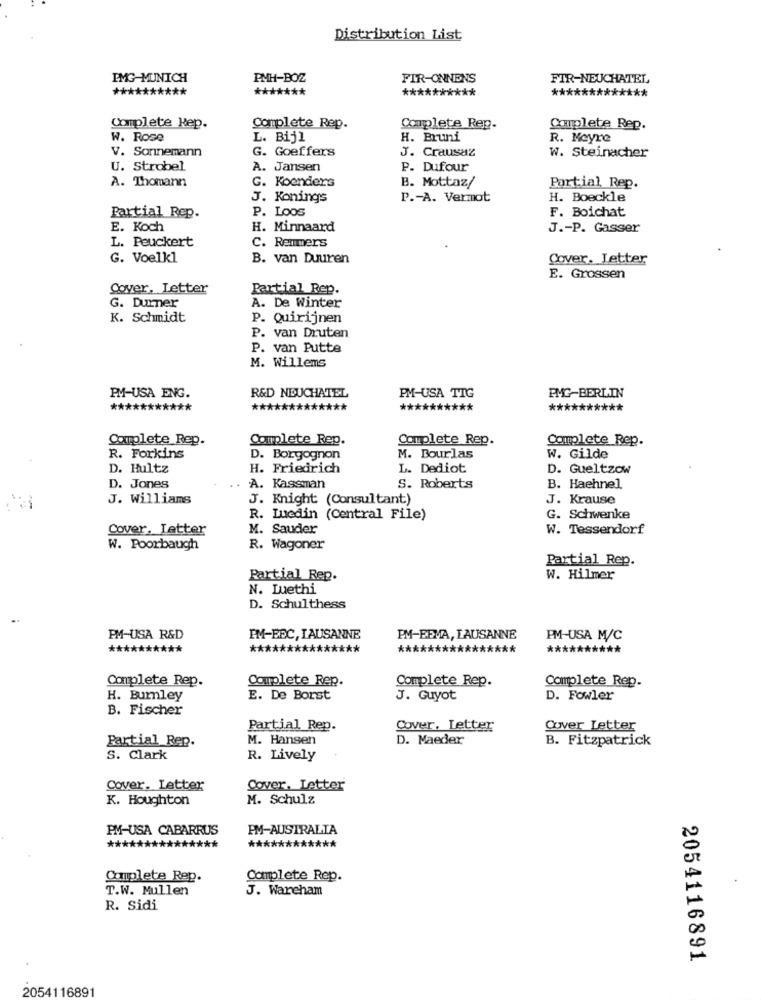
Distribution List
IMG-MUNICH
PMH-BOZ
FIR-ONNENS
FIR-NEUCHATEL
**********
*******
**********
*************
Complete Rep.
Complete Rep.
Complete Rep.
Couplete Rep.
W. Rose
L. Bijl
H. Bruni
R. Meyre
V. Sorinemann
G. Goeffers
J. Crausaz
w. Steinacher
U. Strobel
A. Jansen
P. Dufour
A. Thomann
G. Koenders
B. Mottaz/
Partial Rep.
J. Konings
P .- A. Vermot
H. Boeckle
P. Loos
F. Boichat
Partial Rep.
E. Koch
H. Minnaard
J .- P. Gasser
L. Peuckert
C. Remmers
G. Voelkl
B. van Duuren
Cover. Letter
E. Grossen
Cover. Letter
Partial Rep.
G. Durner
A. De Winter
K. Schmidt
p. Quirijnen
P. van Druten
P. van Putte
M. Willems
PM-USA ENG.
R&D NEUCHATEL
PM-USA TIG
PMG-BERLIN
***********
***
*****
**********
**********
Complete Rep.
Complete Rep.
Complete Rep.
Complete Rep.
R. Forkins
D. Borgognon
M. Bourlas
W. Gilde
D. Hultz
H. Friedrich
L. Dediot
D. Gueltzow
D. Jones
A. Kassman
S. Roberts
B. Haehnel
J. Willians
J. Knight (Consultant)
J. Krause
R. Luedin (Central File)
G. Schwenke
Cover, Letter
M. Sauder
W. Tessendorf
W. Poorbaugh
R. Wagoner
Partial Rep.
Partial Rep.
W. Hilmer
N. Luethi
D. Schulthess
PM-USA R&D
PM-BEC, LAUSANNE
PM-EEMA, LAUSANNE
PM-USA M/C
****
**
****
***
**
**********
Complete Rep.
Complete Rep.
Complete Rep.
Complete Rep.
H. Burnley
E. De Borst
J. Guyot
D. Fowler
B. Fischer
Partial Rep.
Cover. Letter
Cover Letter
Partial_Rep.
M. Hansen
D. Maeder
B. Fitzpatrick
S. Clark
R. Lively
Cover. Letter
Cover. Letter
K. Houghton
M. Schulz
PM-USA CABARRUS
PM-AUSTRALIA
***
*****
************
Complete Rep.
Complete Rep.
T.W. Mullen
J. Wareham
R. Sidi
2054116891
2054116891